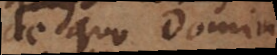
de quo Dominus